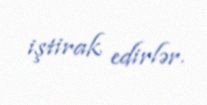
iştirak edirlər.